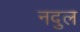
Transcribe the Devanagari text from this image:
नदुल